Senior Leaving Certificate Examination (including Day School Certificate (Higher) General paper), 1950
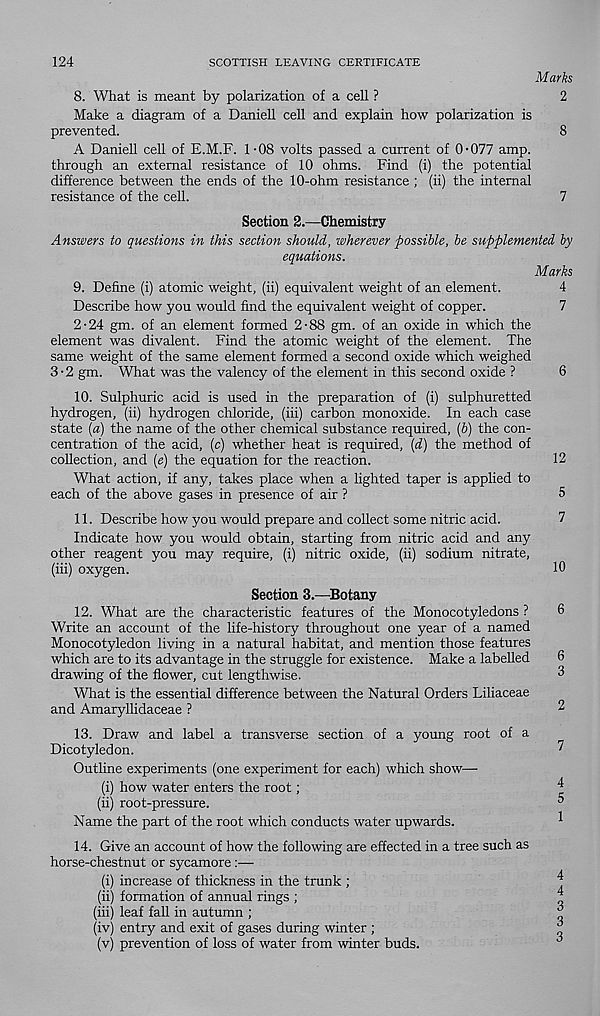
124
SCOTTISH LEAVING CERTIFICATE
Marks
8. What is meant by polarization of a cell ?
2
Make a diagram of a Daniel! cell and explain how polarization is
prevented.
8
A Daniell cell of E.M.F. 1 -08 volts passed a current of 0*077 amp.
through an external resistance of 10 ohms. Find (i) the potential
difference between the ends of the 10-ohm resistance ; (ii) the internal
resistance of the cell.
7
Section 2.—Chemistry
Answers to questions in this section should, wherever possible, be supplemented by
equations.
Marks
9. Define (i) atomic weight, (ii) equivalent weight of an element.
4
Describe how you would find the equivalent weight of copper.
7
2-24 gm. of an element formed 2-88 gm. of an oxide in which the
element was divalent. Find the atomic weight of the element. The
same weight of the same element formed a second oxide which weighed
3-2 gm. What was the valency of the element in this second oxide ?
6
10. Sulphuric acid is used in the preparation of (i) sulphuretted
hydrogen, (ii) hydrogen chloride, (iii) carbon monoxide. In each case
state {a) the name of the other chemical substance required, {b) the con-
centration of the acid, (c) whether heat is required, {d) the method of
collection, and (e) the equation for the reaction.
What action, if any, takes place when a lighted taper is applied to
each of the above gases in presence of air ?
11. Describe how you would prepare and collect some nitric acid.
Indicate how you would obtain, starting from nitric acid and any
other reagent you may require, (i) nitric oxide, (ii) sodium nitrate,
(iii) oxygen.
Section 3.—Botany
12. What are the characteristic features of the Monocotyledons ?
Write an account of the life-history throughout one year of a named
Monocotyledon living in a natural habitat, and mention those features
which are to its advantage in the struggle for existence. Make a labelled
drawing of the flower, cut lengthwise.
What is the essential difference between the Natural Orders Liliaceae
and Amaryllidaceae ?
13. Draw and label a transverse section of a young root of a
Dicotyledon.
Outline experiments (one experiment for each) which show—
(i) how water enters the root;
(ii) root-pressure.
Name the part of the root which conducts water upwards.
14. Give an account of how the following are effected in a tree such as
horse-chestnut or sycamore :—
(i) increase of thickness in the trunk ;
(ii) formation of annual rings ;
(hi) leaf fall in autumn ;
(iv) entry and exit of gases during winter ;
(v) prevention of loss of water from winter buds.
12
5
7
10
6
6
3
2
7
4
5
1
4
4
3
3
3